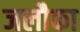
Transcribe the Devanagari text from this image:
जलौका